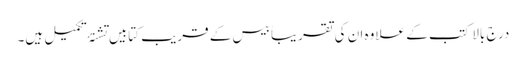
درج بالا کتب کے علاوہ ان کی تقریباً بیس کے قریب کتابیں تشنۂ تکمیل ہیں۔